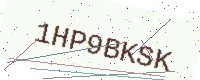
Text: 1HP9BKSK